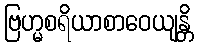
ဗြဟ္မစရိယာစာဝေယျန္တိ